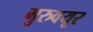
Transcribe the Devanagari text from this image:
गुरुवयूर